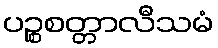
ပဉ္စစတ္တာလီသမံ